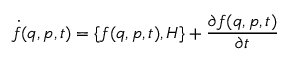
\dot { f } ( q , p , t ) = \{ f ( q , p , t ) , H \} + \frac { \partial f ( q , p , t ) } { \partial t }